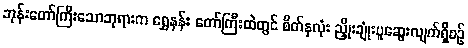
ဘုန်းတော်ကြီးသောဘုရားက ရွှေနန်း တော်ကြီးထဲတွင် စိတ်နှလုံး ညှိုးချုံးပူဆွေးလျက်ရှိစဉ်